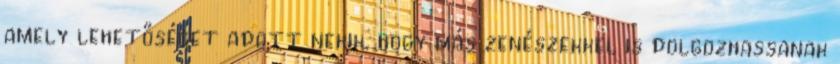
amely lehetőséget adott nekik, hogy más zenészekkel is dolgozhassanak